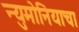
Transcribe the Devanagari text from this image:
न्युमोनियाचा